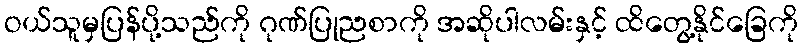
ဝယ်သူမှပြန်ပို့သည်ကို ဂုဏ်ပြုညစာကို အဆိုပါလမ်းနှင့် ထိတွေ့နိုင်ခြေကို